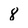
Character: 8